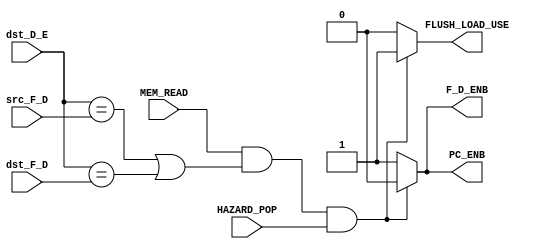
module HDU (src_F_D, dst_F_D, dst_D_E, MEM_READ, F_D_ENB, PC_ENB, FLUSH_LOAD_USE, HAZARD_POP);

    input [2:0] src_F_D, dst_F_D, dst_D_E;
    input MEM_READ, HAZARD_POP;

    output F_D_ENB, PC_ENB, FLUSH_LOAD_USE;

    wire load_use;

    assign load_use = MEM_READ && ((dst_D_E == src_F_D) || (dst_D_E == dst_F_D)) && HAZARD_POP;

    assign F_D_ENB = load_use? 0: 1;
    assign PC_ENB = load_use? 0: 1;
    assign FLUSH_LOAD_USE = load_use? 1: 0;
endmodule